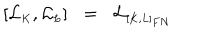
LaTeX: [ { \cal L } _ { \scriptscriptstyle K } , { \cal L } _ { \scriptscriptstyle L } ] \; \; = \; \; { \cal L } _ { \scriptscriptstyle [ K , L ] _ { F N } }